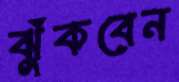
ঝুঁকবেন